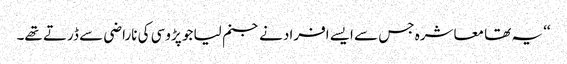
‘‘ یہ تھا معاشرہ جس سے ایسے افراد نے جنم لیا جو پڑوسی کی ناراضی سے ڈرتے تھے۔